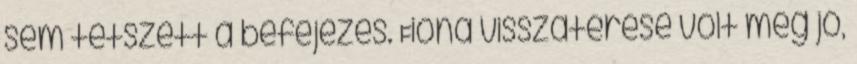
sem tetszett a befejezés. Fiona visszatérése volt még jó,